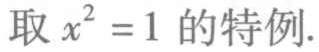
取 \(x^{2}=1\) 的特例.